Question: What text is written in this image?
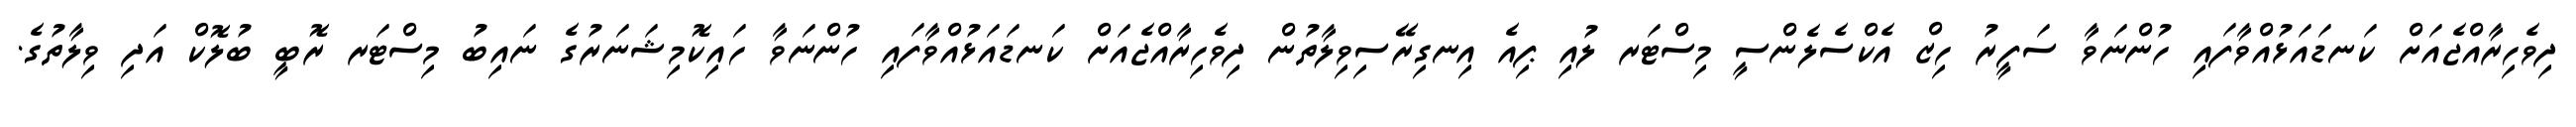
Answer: ދިވެހިރާއްޖެއަށް ކަނޑައަޅުއްވާފައި ހުންނަވާ ސަފީރު ހިޒް އެކްސެލެންސީ މިސްޓަރ ލުއި ޕިއެ އިނގިރޭސިވިލާތުން ދިވެހިރާއްޖެއަށް ކަނޑައަޅުއްވާފައި ހުންނަވާ ހައިކޮމިޝަނަރުގެ ނައިބު މިސްޓަރ ރޮބީ ބުލޮކް އަދި ވިލާތުގެ.